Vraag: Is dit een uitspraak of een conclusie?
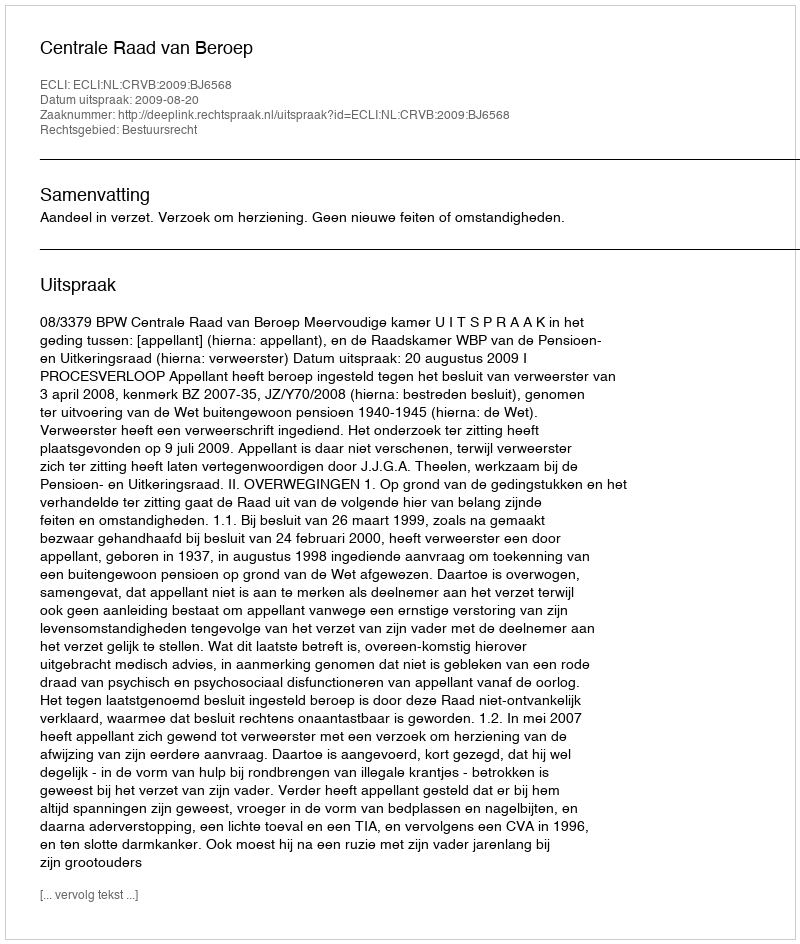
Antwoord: Uitspraak